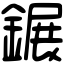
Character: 𨫀